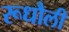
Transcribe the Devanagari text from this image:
रूधौली